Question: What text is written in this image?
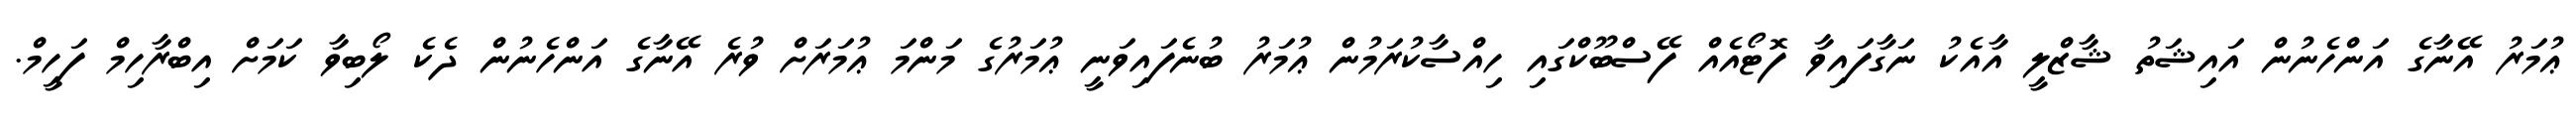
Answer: ޢުމަރު އޭނާގެ އަންހެނުން އައިޝަތު ޝާޒްލީ އާއެކު ނަގާފައިވާ ފޮޓޯއެއް ފޭސްބޫކްގައި ހިއްސާކުރަމުން ޢުމަރު ބުނެފައިވަނީ ޢުމަރުގެ މަންމަ ޢުމަރަށް ވުރެ އޭނާގެ އަންހެނުން ދެކެ ލޯބިވާ ކަމަށް އިބްރާހިމް ފަހީމް.